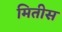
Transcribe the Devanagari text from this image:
मितीस